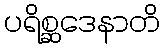
ပရိစ္ဆဒေနာတိ